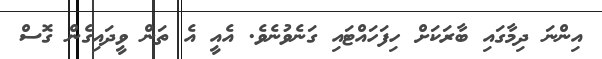
އިންނަ ދިމާގައި ބާރަކަށް ހިފަހައްޓައި ގަނެވުނެވެ. އެއީ އެ ތަން ވީދައިގެން ގޮސް